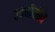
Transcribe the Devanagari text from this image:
उपगीतीचे